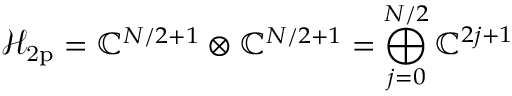
\mathcal { H } _ { \mathrm { 2 p } } = { \mathbb { C } ^ { N / 2 + 1 } \otimes \mathbb { C } ^ { N / 2 + 1 } = \bigoplus _ { j = 0 } ^ { N / 2 } \mathbb { C } ^ { 2 j + 1 } }